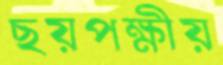
ছয়পক্ষীয়